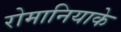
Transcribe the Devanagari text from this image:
रोमानियाके